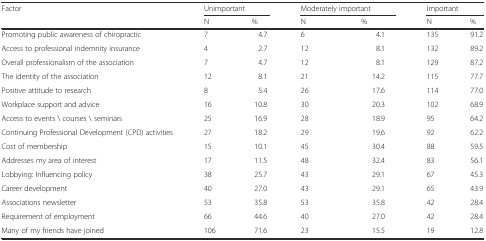
| <ROWSPAN=2> Factor | <COLSPAN=2> Unimportant | <COLSPAN=2> Moderately important | <COLSPAN=2> Important |
 | N | % | N | % | N | % |
 | --- | --- | --- | --- | --- | --- | --- |
 | Promoting public awareness of chiropractic | 7 | 4.7 | 6 | 4.1 | 135 | 91.2 |
 | Access to professional indemnity insurance | 4 | 2.7 | 12 | 8.1 | 132 | 89.2 |
 | Overall professionalism of the association | 7 | 4.7 | 12 | 8.1 | 129 | 87.2 |
 | The identity of the association | 12 | 8.1 | 21 | 14.2 | 115 | 77.7 |
 | Positive attitude to research | 8 | 5.4 | 26 | 17.6 | 114 | 77.0 |
 | Workplace support and advice | 16 | 10.8 | 30 | 20.3 | 102 | 68.9 |
 | Access to events \ courses \ seminars | 25 | 16.9 | 28 | 18.9 | 95 | 64.2 |
 | Continuing Professional Development (CPD) activities | 27 | 18.2 | 29 | 19.6 | 92 | 62.2 |
 | Cost of membership | 15 | 10.1 | 45 | 30.4 | 88 | 59.5 |
 | Addresses my area of interest | 17 | 11.5 | 48 | 32.4 | 83 | 56.1 |
 | Lobbying: Influencing policy | 38 | 25.7 | 43 | 29.1 | 67 | 45.3 |
 | Career development | 40 | 27.0 | 43 | 29.1 | 65 | 43.9 |
 | Associations newsletter | 53 | 35.8 | 53 | 35.8 | 42 | 28.4 |
 | Requirement of employment | 66 | 44.6 | 40 | 27.0 | 42 | 28.4 |
 | Many of my friends have joined | 106 | 71.6 | 23 | 15.5 | 19 | 12.8 |